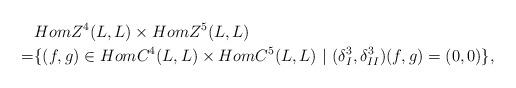
LaTeX: \begin{align*}&HomZ^4(L,L)\times HomZ^5(L,L)\\=&\{(f,g)\in HomC^4(L,L)\times HomC^5(L,L)~|~ (\delta_I^3, \delta_{II}^3)(f,g)=(0,0)\},\end{align*}